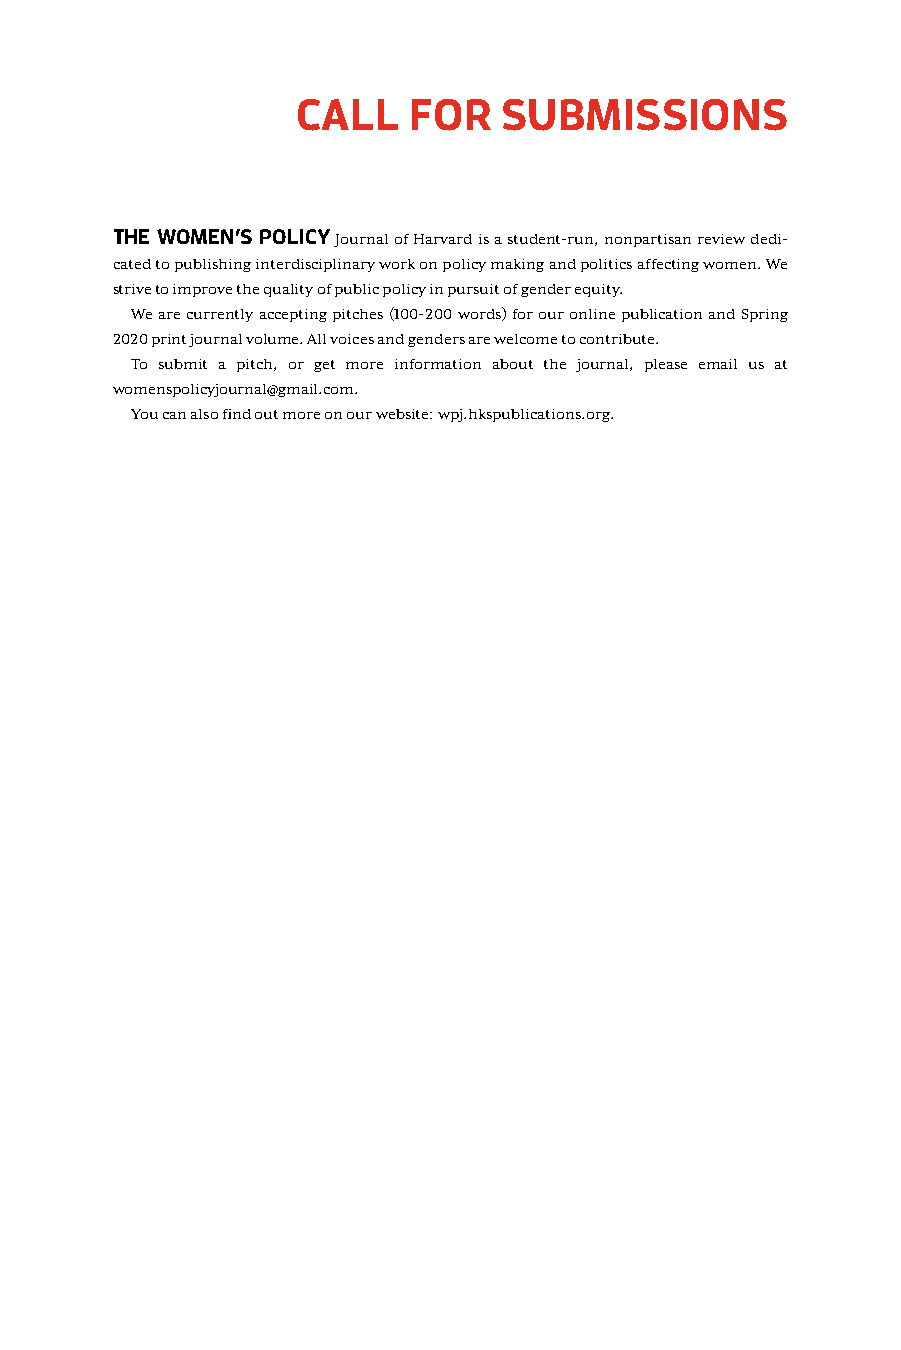
CALL   FOR   SUBMISSIONS
 THE WOMEN’S POLICY Journal of Harvard is a student-run, nonpartisan review dedi-
 cated to publishing interdisciplinary work on policy making and politics affecting women. We
 strive to improve the quality of public policy in pursuit of gender equity.
 We are currently accepting pitches (100-200 words) for our online publication and Spring
 2020 print journal volume. All voices and genders are welcome to contribute.
 To submit a pitch, or get more information about the journal, please email us at
 womenspolicyjournal@gmail.com.
 You can also find out more on our website: wpj.hkspublications.org.